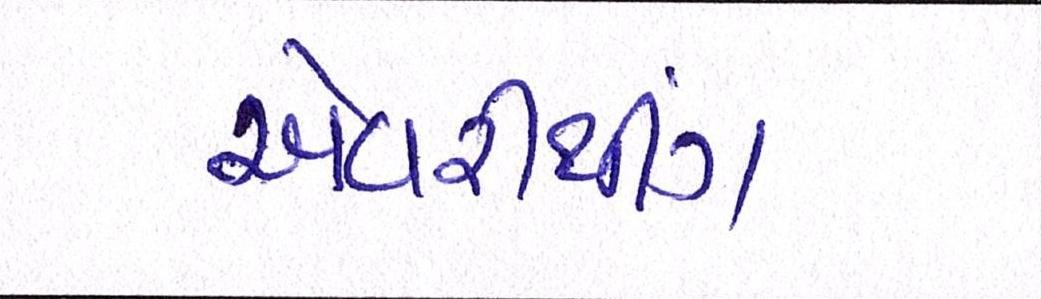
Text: એવરીથીંગ